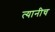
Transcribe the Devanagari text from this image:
त्यानीच